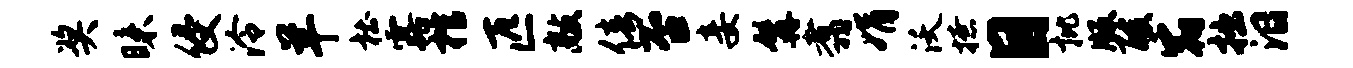
奖昧侵泠羊杜露棺匹敲倩否妾髯翥娟沃撩目批版酸宿拙泪